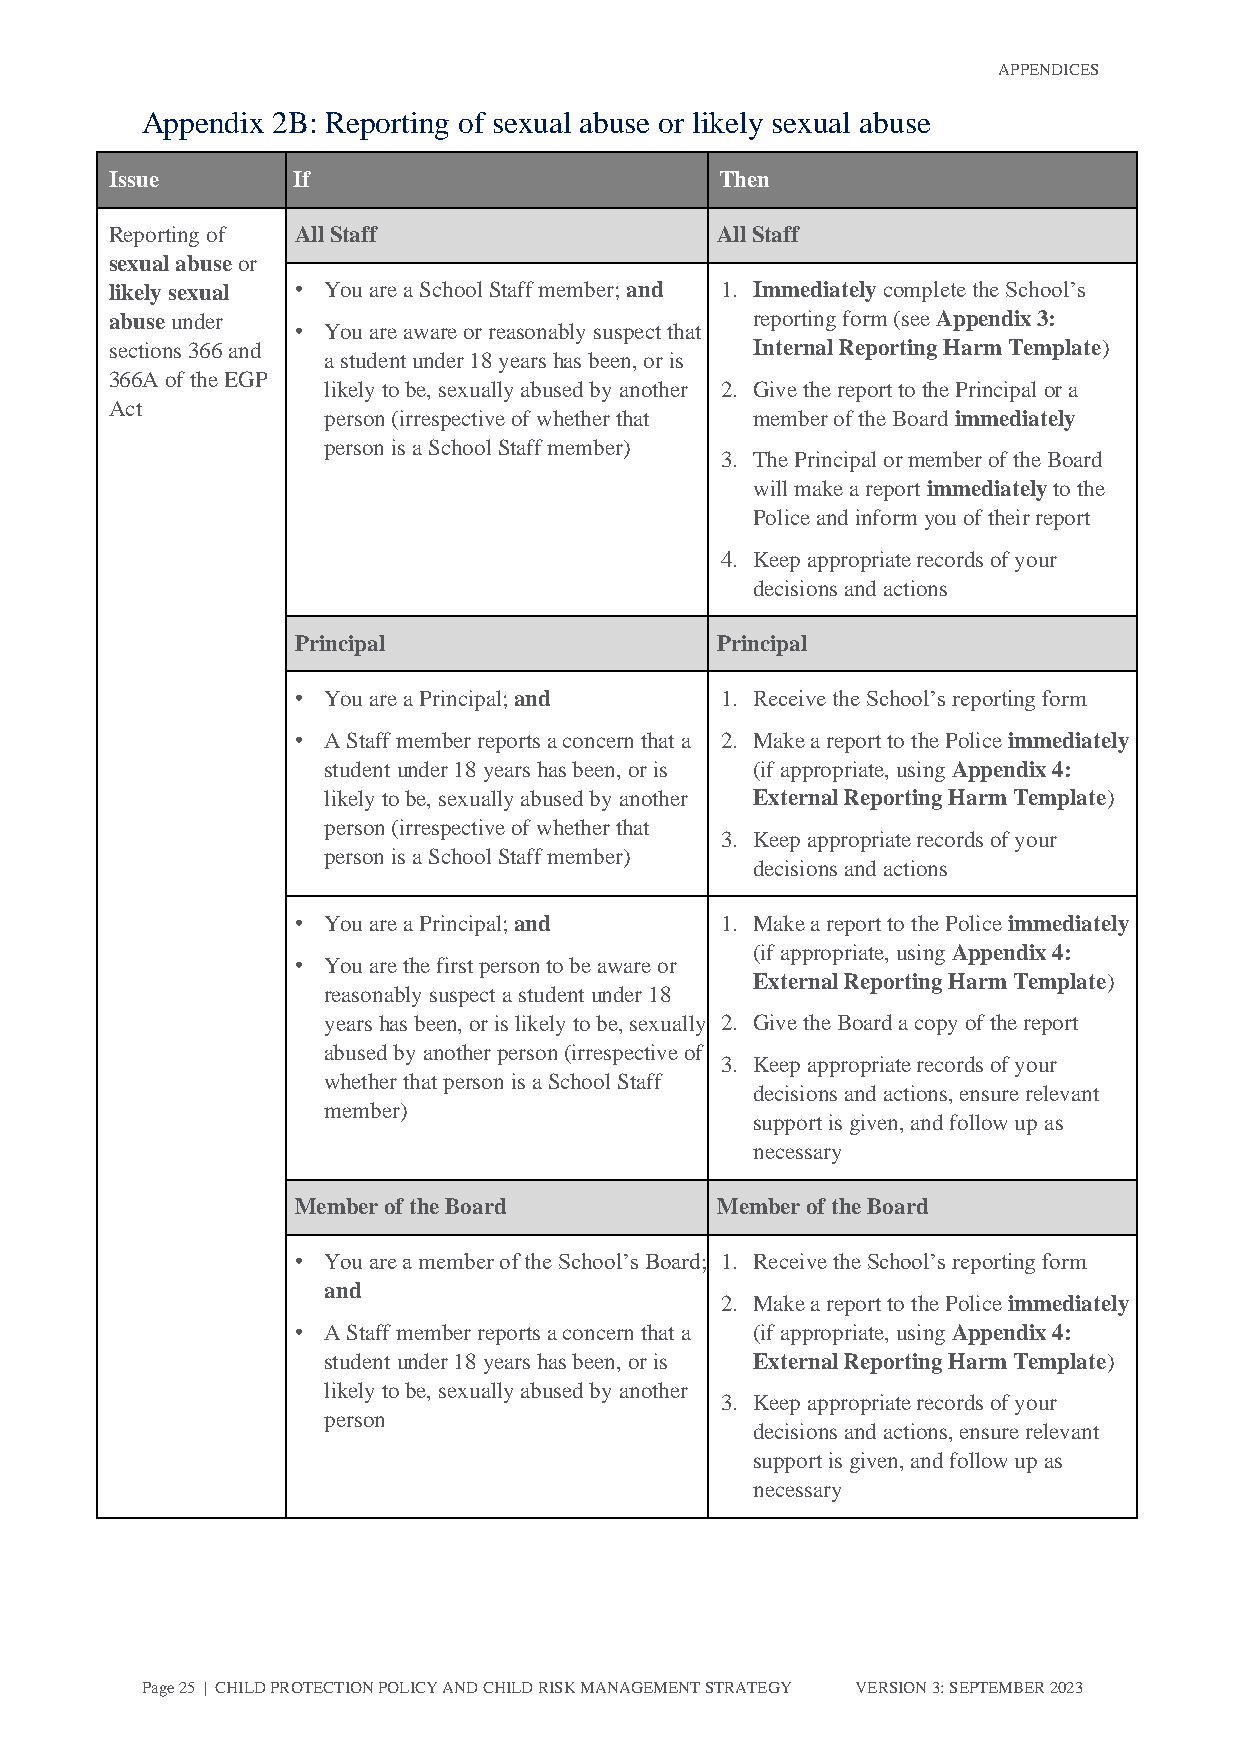
APPENDICES
 Appendix 2B: Reporting of sexual abuse or likely sexual abuse
 Issue       If                           Then
 Reporting of All Staff                  All Staff
 sexual abuse or
 likely sexual • You are a School Staff member; and 1. Immediately complete the School’s
 abuse under                                reporting form (see Appendix 3:
 • You are aware or reasonably suspect that
 sections 366 and                           Internal Reporting Harm Template)
 a student under 18 years has been, or is
 366A of the EGP
 likely to be, sexually abused by another 2. Give the report to the Principal or a
 Act
 person (irrespective of whether that member of the Board immediately
 person is a School Staff member)
 3. The Principal or member of the Board
 will make a report immediately to the
 Police and inform you of their report
 4. Keep appropriate records of your
 decisions and actions
 Principal                  Principal
 • You are a Principal; and  1. Receive the School’s reporting form
 • A Staff member reports a concern that a 2. Make a report to the Police immediately
 student under 18 years has been, or is (if appropriate, using Appendix 4:
 likely to be, sexually abused by another External Reporting Harm Template)
 person (irrespective of whether that
 3. Keep appropriate records of your
 person is a School Staff member)
 decisions and actions
 • You are a Principal; and  1. Make a report to the Police immediately
 (if appropriate, using Appendix 4:
 • You are the first person to be aware or
 External Reporting Harm Template)
 reasonably suspect a student under 18
 years has been, or is likely to be, sexually 2. Give the Board a copy of the report
 abused by another person (irrespective of
 3. Keep appropriate records of your
 whether that person is a School Staff
 decisions and actions, ensure relevant
 member)
 support is given, and follow up as
 necessary
 Member of the Board        Member of the Board
 • You are a member of the School’s Board; 1. Receive the School’s reporting form
 and
 2. Make a report to the Police immediately
 • A Staff member reports a concern that a (if appropriate, using Appendix 4:
 student under 18 years has been, or is External Reporting Harm Template)
 likely to be, sexually abused by another
 3. Keep appropriate records of your
 person
 decisions and actions, ensure relevant
 support is given, and follow up as
 necessary
 Page 25 | CHILD PROTECTION POLICY AND CHILD RISK MANAGEMENT STRATEGY VERSION 3: SEPTEMBER 2023